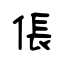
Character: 倀